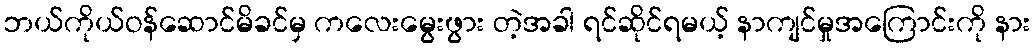
ဘယ်ကိုယ်ဝန်ဆောင်မိခင်မှ ကလေးမွေးဖွား တဲ့အခါ ရင်ဆိုင်ရမယ့် နာကျင်မှုအကြောင်းကို နား